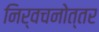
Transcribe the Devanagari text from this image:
निर्वचनोत्तर